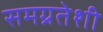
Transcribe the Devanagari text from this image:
समग्रतेशी